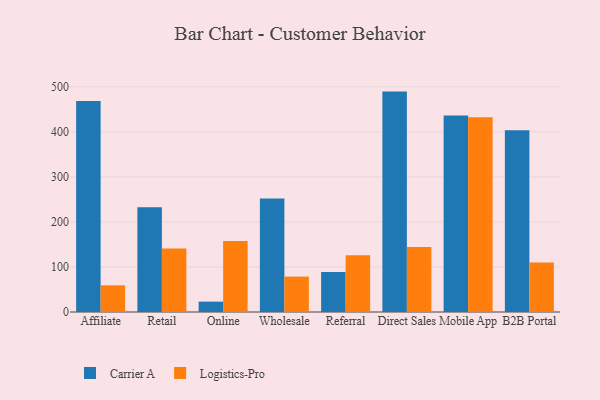
{"axis": {"x": "Channel", "y": "Conversion Rate (%)"}, "legend": ["Carrier A", "Logistics-Pro"], "data": [{"x": "Affiliate", "y": 468.7, "type": "Carrier A"}, {"x": "Affiliate", "y": 59.2, "type": "Logistics-Pro"}, {"x": "Retail", "y": 232.8, "type": "Carrier A"}, {"x": "Retail", "y": 140.8, "type": "Logistics-Pro"}, {"x": "Online", "y": 23.0, "type": "Carrier A"}, {"x": "Online", "y": 157.9, "type": "Logistics-Pro"}, {"x": "Wholesale", "y": 252.0, "type": "Carrier A"}, {"x": "Wholesale", "y": 78.6, "type": "Logistics-Pro"}, {"x": "Referral", "y": 88.7, "type": "Carrier A"}, {"x": "Referral", "y": 126.0, "type": "Logistics-Pro"}, {"x": "Direct Sales", "y": 489.4, "type": "Carrier A"}, {"x": "Direct Sales", "y": 144.5, "type": "Logistics-Pro"}, {"x": "Mobile App", "y": 436.5, "type": "Carrier A"}, {"x": "Mobile App", "y": 432.5, "type": "Logistics-Pro"}, {"x": "B2B Portal", "y": 403.8, "type": "Carrier A"}, {"x": "B2B Portal", "y": 110.0, "type": "Logistics-Pro"}]}